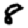
Digit: 8